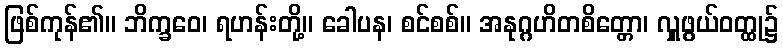
ဖြစ်ကုန်၏။ ဘိက္ခဝေ၊ ရဟန်းတို့။ ခေါပန၊ စင်စစ်။ အနုဂ္ဂဟိတစိတ္တော၊ လှူဖွယ်ဝတ္ထု၌